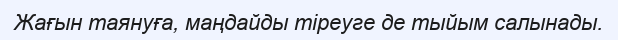
Жағын таянуға, маңдайды тіреуге де тыйым салынады.